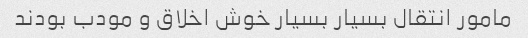
مامور انتقال بسیار بسیار خوش اخلاق و مودب بودند